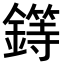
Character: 𨬻